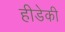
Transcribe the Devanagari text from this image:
हीडेकी